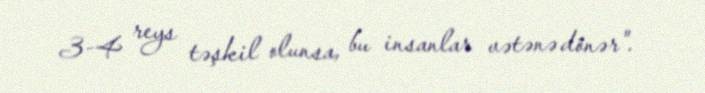
3-4 reys təşkil olunsa, bu insanlar vətənə dönər".